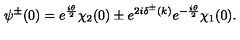
\psi ^ { \pm } ( 0 ) = e ^ { \frac { i \theta } { 2 } } \chi _ { 2 } ( 0 ) \pm e ^ { 2 i \delta ^ { \pm } ( k ) } e ^ { - \frac { i \theta } { 2 } } \chi _ { 1 } ( 0 ) .